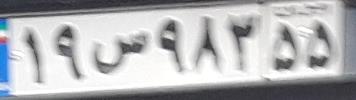
۱۹س۹۸۳۵۵